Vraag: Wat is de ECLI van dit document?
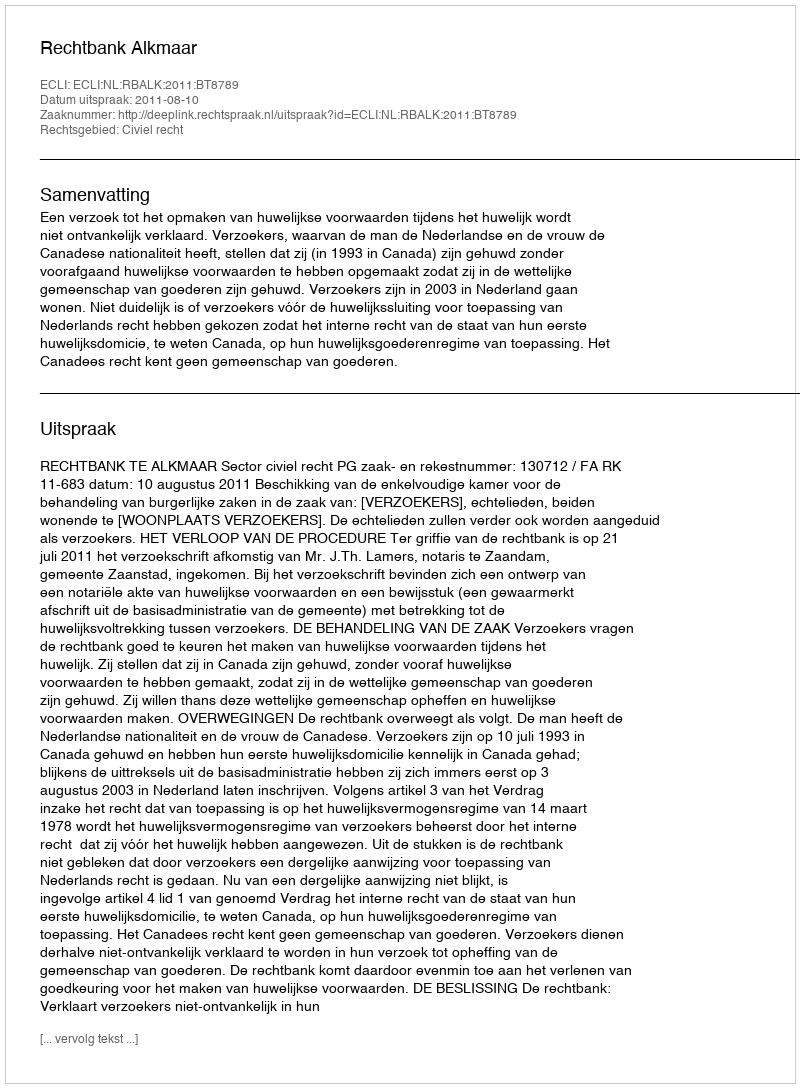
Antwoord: ECLI:NL:RBALK:2011:BT8789